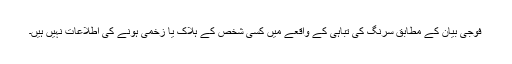
فوجی بیان کے مطابق سرنگ کی تباہی کے واقعے میں کسی شخص کے ہلاک یا زخمی ہونے کی اطلاعات نہیں ہیں۔